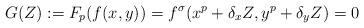
LaTeX: \begin{align*} G(Z) := F_p( f(x,y) ) = f^{\sigma}( x^p + \delta_x Z, y^p + \delta_y Z ) = 0\end{align*}